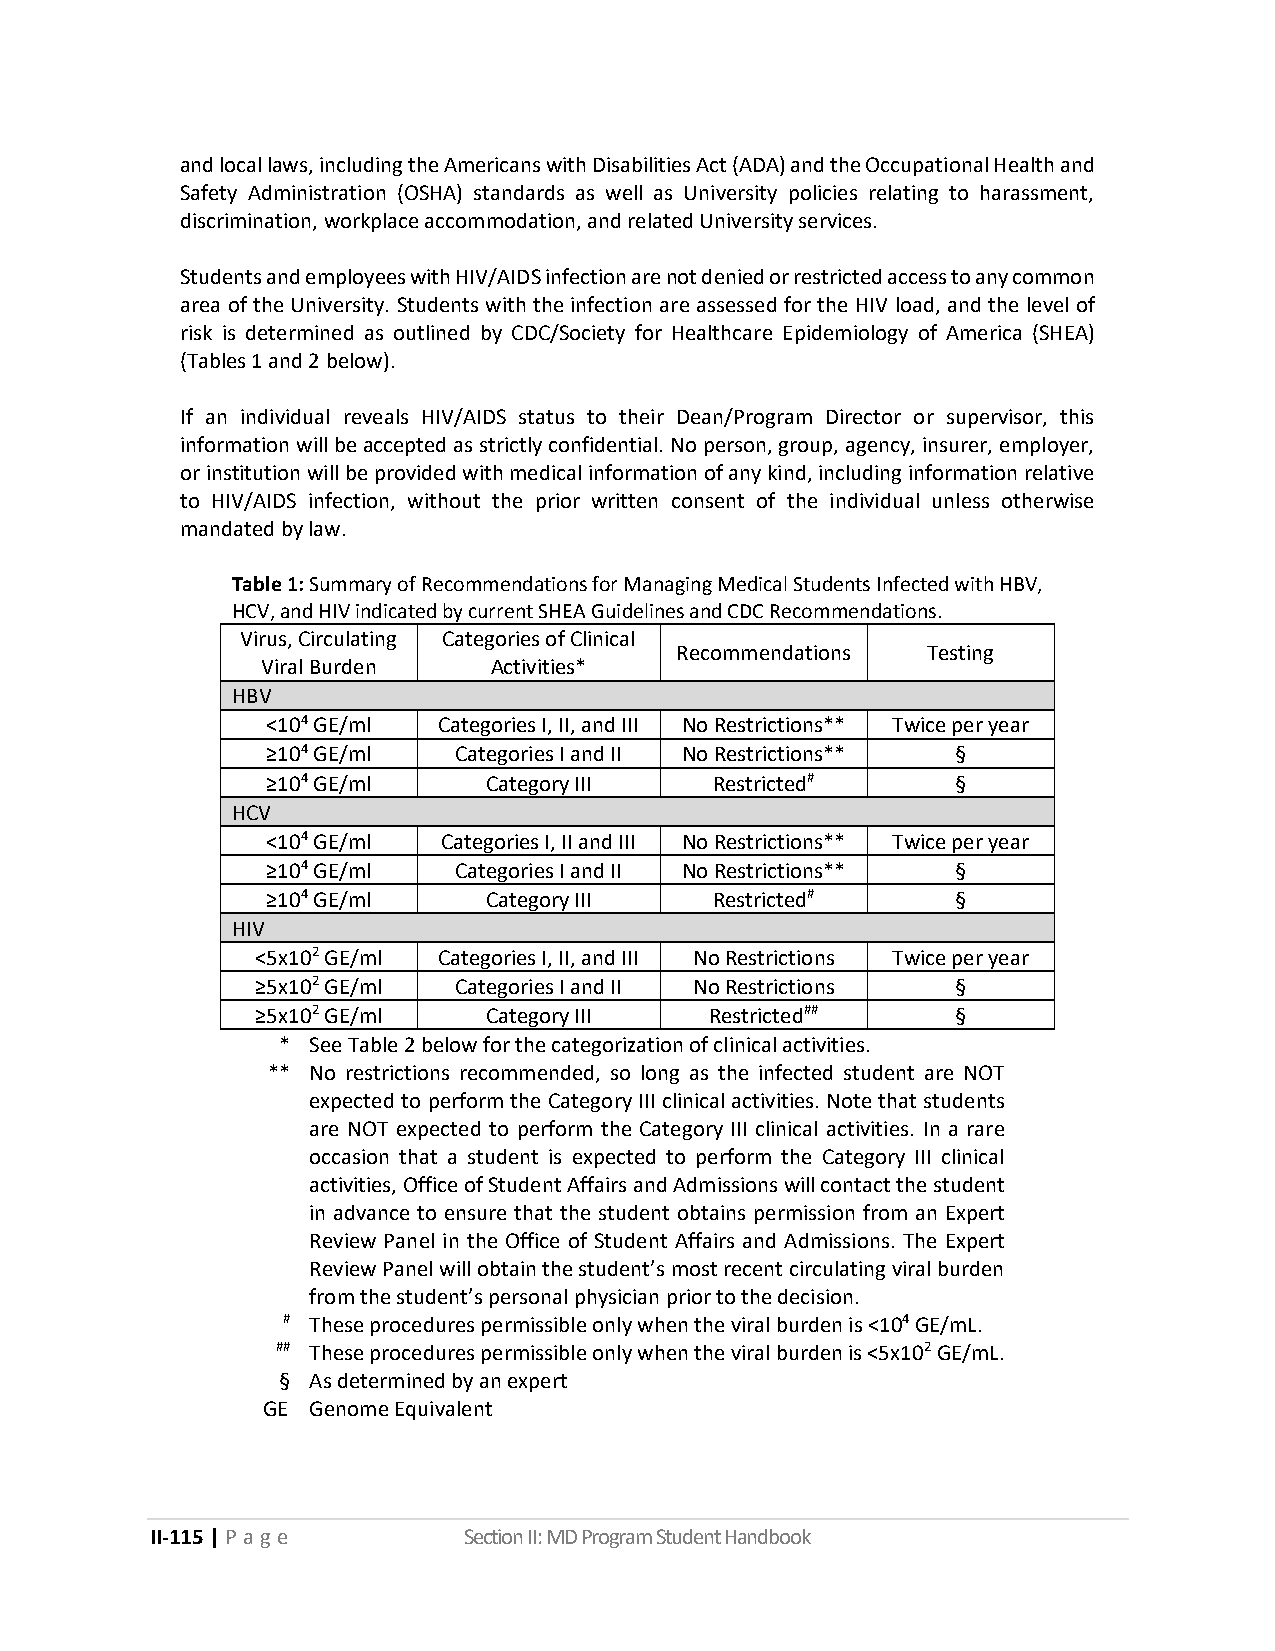
and local laws, including the Americans with Disabilities Act (ADA) and the Occupational Health and
 Safety Administration (OSHA) standards as well as University policies relating to harassment,
 discrimination, workplace accommodation, and related University services.
 Students and employees with HIV/AIDS infection are not denied or restricted access to any common
 area of the University. Students with the infection are assessed for the HIV load, and the level of
 risk is determined as outlined by CDC/Society for Healthcare Epidemiology of America (SHEA)
 (Tables 1 and 2 below).
 If an individual reveals HIV/AIDS status to their Dean/Program Director or supervisor, this
 information will be accepted as strictly confidential. No person, group, agency, insurer, employer,
 or institution will be provided with medical information of any kind, including information relative
 to HIV/AIDS infection, without the prior written consent of the individual unless otherwise
 mandated by law.
 Table 1: Summary of Recommendations for Managing Medical Students Infected with HBV,
 HCV, and HIV indicated by current SHEA Guidelines and CDC Recommendations.
 Virus, Circulating Categories of Clinical
 Recommendations Testing
 Viral Burden   Activities*
 HBV
 <104 GE/ml Categories I, II, and III No Restrictions** Twice per year
 ≥104 GE/ml  Categories I and II No Restrictions** §
 ≥104 GE/ml    Category III   Restricted#     §
 HCV
 <104 GE/ml Categories I, II and III No Restrictions** Twice per year
 ≥104 GE/ml  Categories I and II No Restrictions** §
 ≥104 GE/ml    Category III   Restricted#     §
 HIV
 <5x102 GE/ml Categories I, II, and III No Restrictions Twice per year
 ≥5x102 GE/ml Categories I and II No Restrictions §
 ≥5x102 GE/ml   Category III   Restricted##    §
 * See Table 2 below for the categorization of clinical activities.
 ** No restrictions recommended, so long as the infected student are NOT
 expected to perform the Category III clinical activities. Note that students
 are NOT expected to perform the Category III clinical activities. In a rare
 occasion that a student is expected to perform the Category III clinical
 activities, Office of Student Affairs and Admissions will contact the student
 in advance to ensure that the student obtains permission from an Expert
 Review Panel in the Office of Student Affairs and Admissions. The Expert
 Review Panel will obtain the student’s most recent circulating viral burden
 from the student’s personal physician prior to the decision.
 # These procedures permissible only when the viral burden is <104 GE/mL.
 ## These procedures permissible only when the viral burden is <5x102 GE/mL.
 § As determined by an expert
 GE Genome Equivalent
 II-115 | P a ge      Section II: MD Program Student Handbook